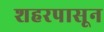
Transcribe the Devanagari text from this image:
शहरपासून